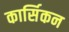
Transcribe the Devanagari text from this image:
कार्सिकन